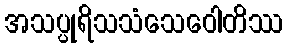
အသပ္ပုရိသသံသေဝေါတိဿ